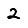
Digit: 2